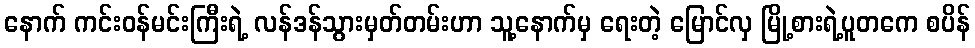
နောက် ကင်းဝန်မင်းကြီးရဲ့ လန်ဒန်သွားမှတ်တမ်းဟာ သူ့နောက်မှ ရေးတဲ့ မြောင်လှ မြို့စားရဲ့ပူတကေ စပိန်